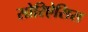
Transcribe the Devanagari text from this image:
सोरिऐसिस